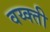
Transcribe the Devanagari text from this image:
वय्क्ती